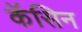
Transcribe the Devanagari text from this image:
कॅसिन